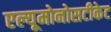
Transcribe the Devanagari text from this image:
एल्यूमोनोसटीकेट